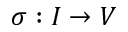
\sigma : I \rightarrow V